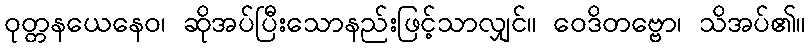
ဝုတ္တနယေနေဝ၊ ဆိုအပ်ပြီးသောနည်းဖြင့်သာလျှင်။ ဝေဒိတဗ္ဗော၊ သိအပ်၏။